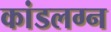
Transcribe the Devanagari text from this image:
कांडलग्न